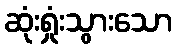
ဆုံးရှုံးသွားသော